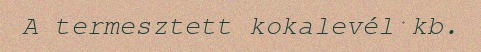
A termesztett kokalevél kb.